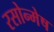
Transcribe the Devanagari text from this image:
रसोन्मेष